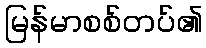
မြန်မာစစ်တပ်၏